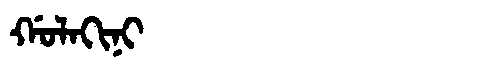
Manchu: ᡤᠣᠯᠠᡴᡳᠨᡳ
Romanization: GOLAKINI